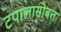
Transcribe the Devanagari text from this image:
टपालासोबत